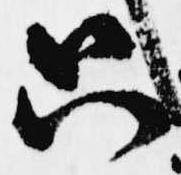
只